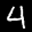
Label: 4